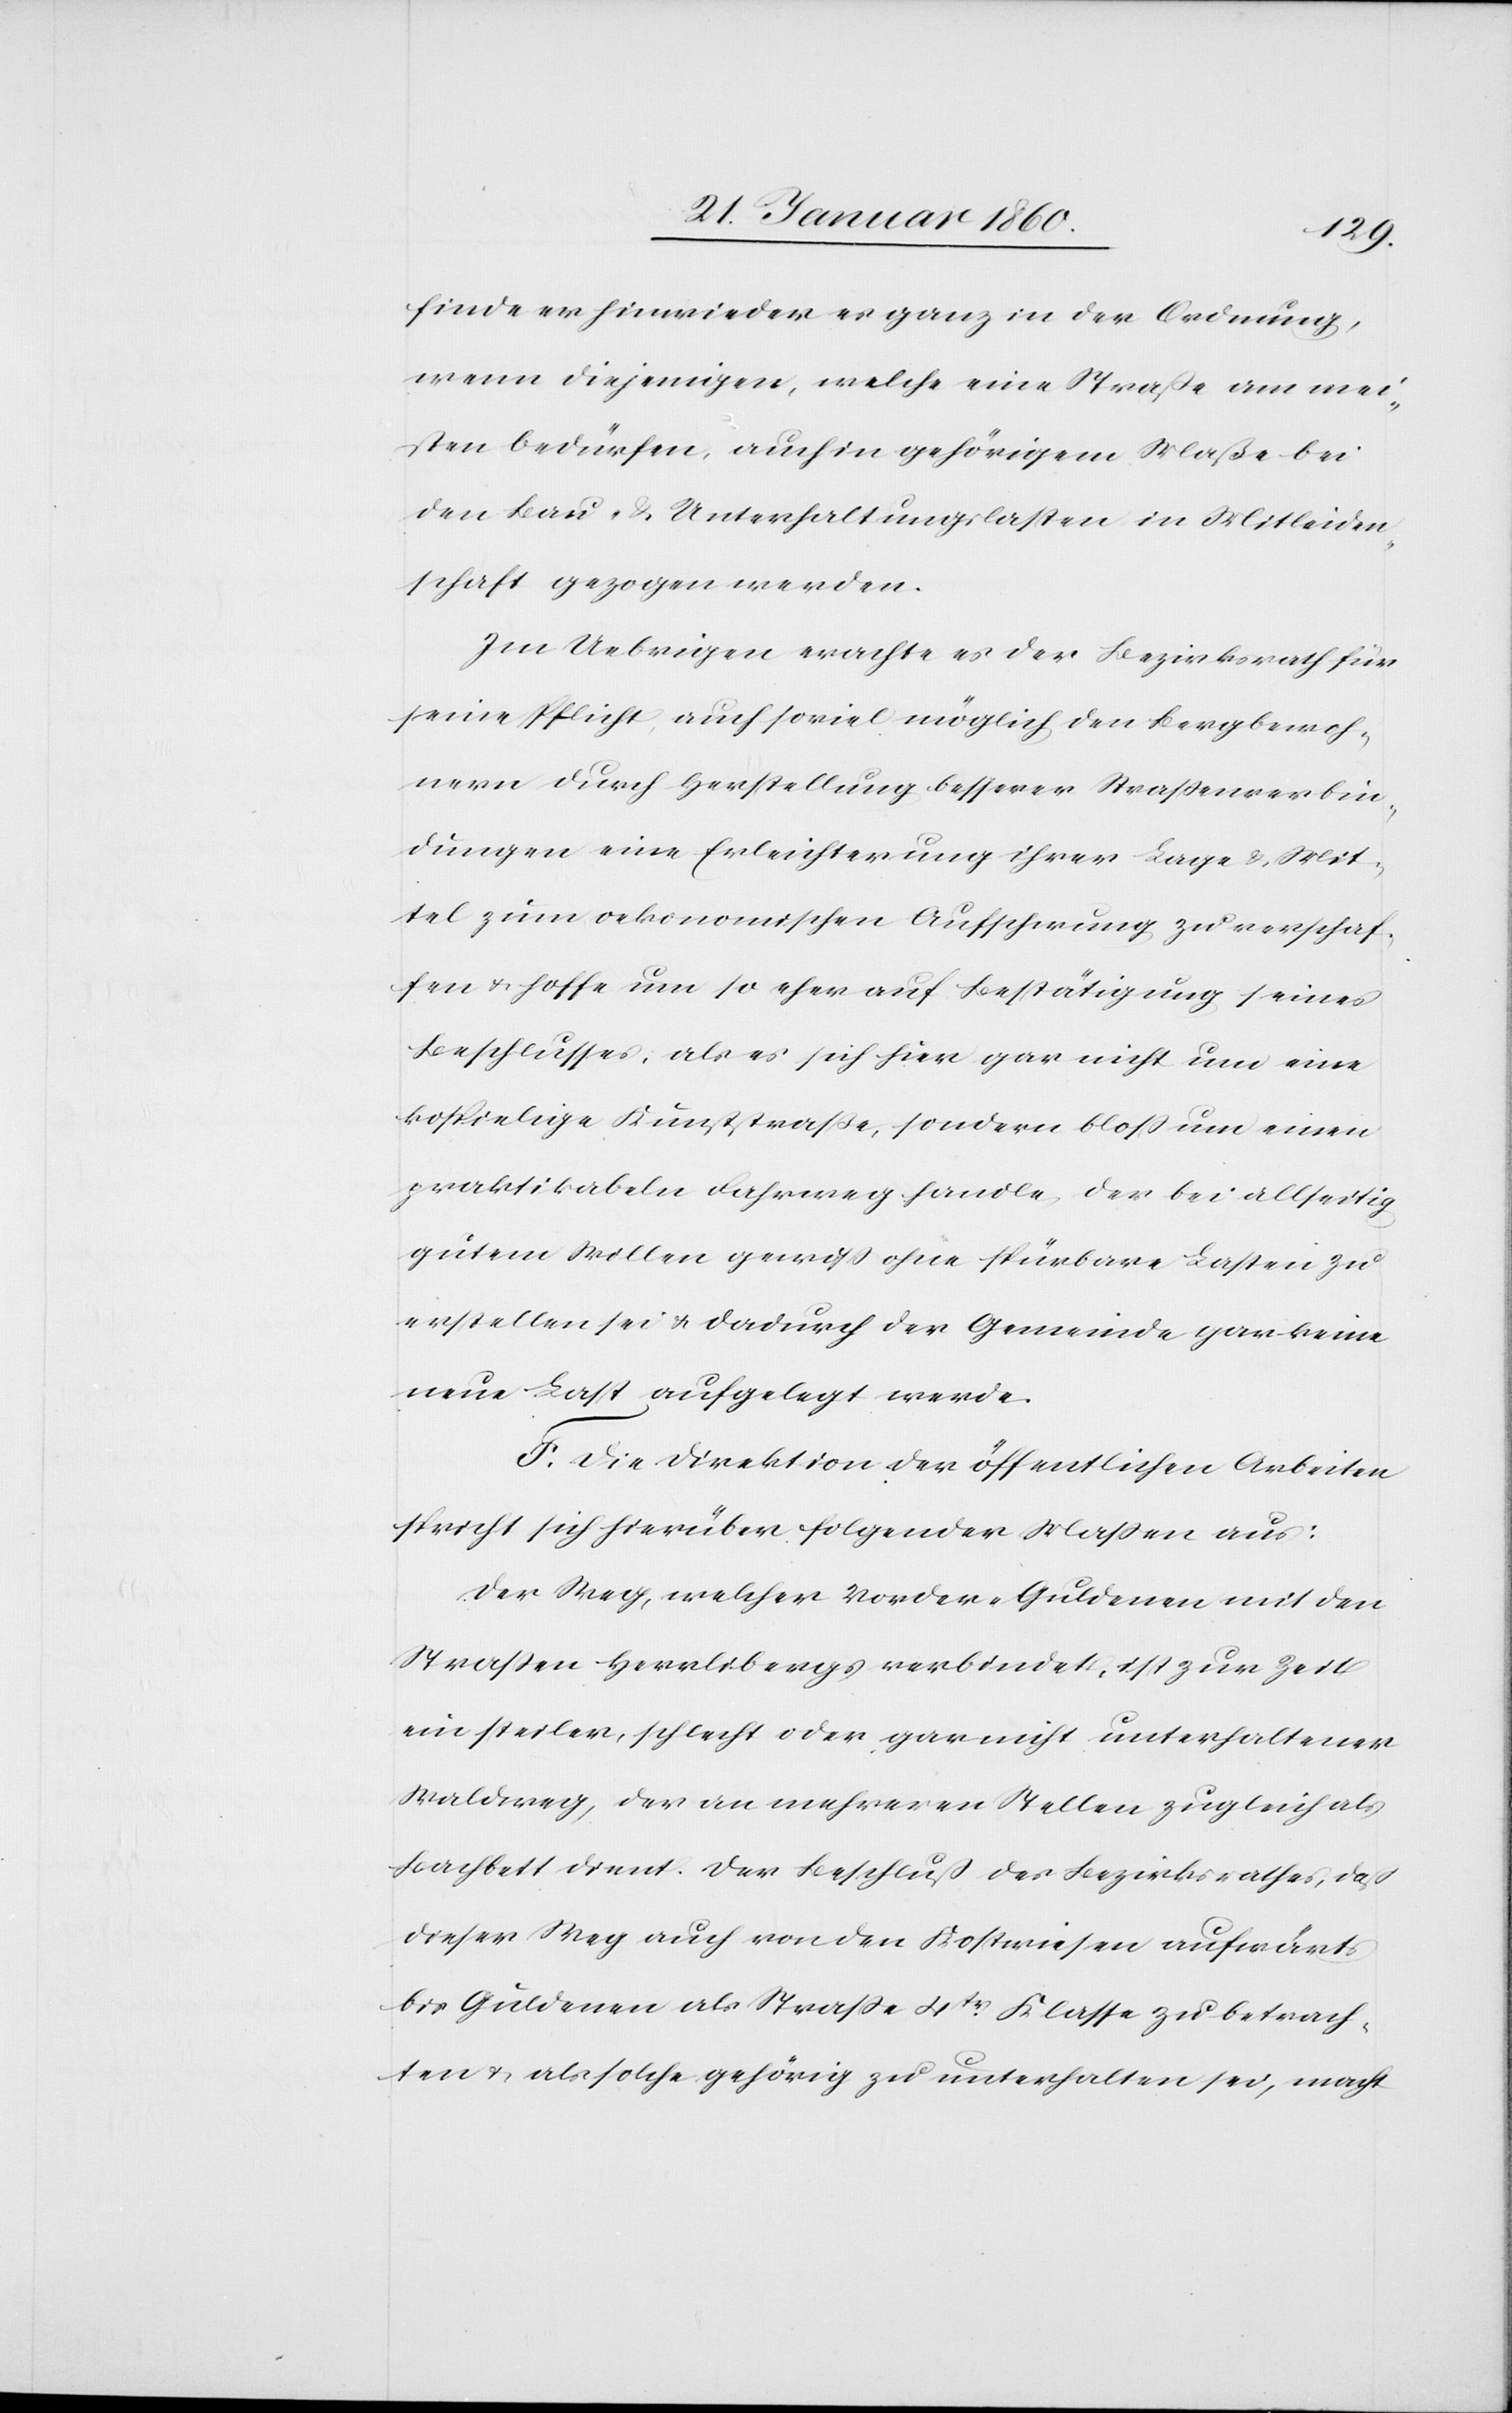
finde er hinwieder es ganz in der Ordnung,
wenn diejenigen, welche eine Strasse am mei¬
sten bedürfen, auch in gehörigem Maße bei
den Bau- u. Unterhaltungslasten in Mitleiden¬
schaft gezogen werden.
Im Uebrigen erachte es der Bezirksrath für
seine Pflicht, auch soviel möglich den Bergbewoh¬
nern durch Herstellung besserer Strassenverbin¬
dungen eine Erleichterung ihrer Lage u. Mit¬
tel zum oekonomischen Aufschwung zu erschaf¬
fen u. hoffe um so eher auf Bestätigung seines
Beschlusses, als es sich hier gar nicht um eine
kostspielige Kunststrasse, sondern bloss um einen
praktikablen Fahrweg handle, der bei allseitig
gutem Willen gewiss ohne spürbare Lasten zu
erstellen sei u. dadurch der Gemeinde gar keine
neue Last aufgelegt werden.
F. Die Direktion der öffentlichen Arbeiten
spricht sich hierüber folgender Massen aus:
Der Weg, welcher Vorder-Guldenen mit den
Strassen Herrlibergs verbindet, ist zur Zeit
ein steiler, schlecht oder gar nicht unterhaltener
Waldweg, der an mehreren Stellen zugleich als
Bachbett dient. Der Beschluß des Bezirksrathes, dass
dieser Weg auch von der Kostwiesen aufwärts
bis Guldenen als Strasse 4tr Klasse zu betrach¬
ten u. als solche gehörig zu unterhalten sei, macht